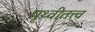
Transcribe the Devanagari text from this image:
पृथ्वीतत्त्व